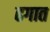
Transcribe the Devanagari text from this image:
ढगात